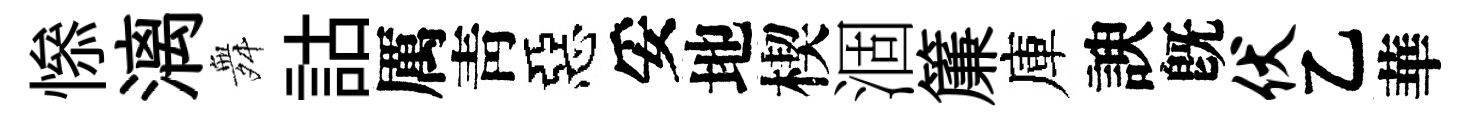
𢡖漓舞詁厲靑惡妥地楔涸簾庫諛旣伏乙華